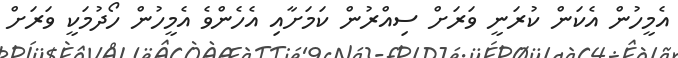
އެމީހުން އެކަން ކުރަނީ ވަރަށް ސިއްރުން ކަމަށާއި އެހެންވެ އެމީހުން ހޯދުމަކީ ވަރަށް